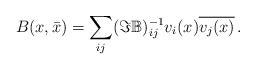
LaTeX: \begin{align*}B(x, \bar x)=\sum_{ij}(\Im {\mathbb B})^{-1}_{ij}v_i(x)\overline{v_j(x)}\,.\end{align*}